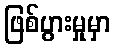
ဖြစ်ပွားမှုမှာ